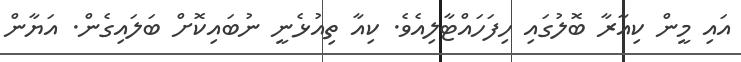
އައި މީން ކިއާރާ ބޮލުގައި ހިފަހައްޓާލިއެވެ. ކިއާ ތިއުޅެނީ ނުބައިކޮށް ބަލައިގެން. އަޔާން